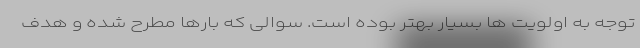
توجه به اولویت ها بسیار بهتر بوده است. سوالی که بارها مطرح شده و هدف